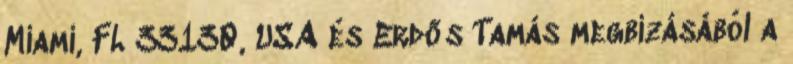
Miami, FL 33130, USA és Erdős Tamás megbízásából a